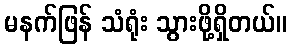
မနက်ဖြန် သံရုံး သွားဖို့ရှိတယ်။